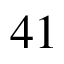
4 1